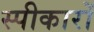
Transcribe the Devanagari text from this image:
स्पीकारों